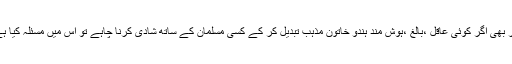
پھر بھی اگر کوئی عاقل ،بالغ ،ہوش مند ہندو خاتون مذہب تبدیل کر کے کسی مسلمان کے ساتھ شادی کرنا چاہے تو اس میں مسئلہ کیا ہے؟